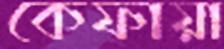
কেফায়া